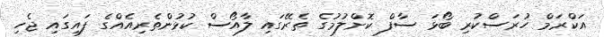
އަކްރަމް ހުރަސްކުރި ބޯޅަ ސާފް ކޮށްލުމުގެ ތެރޭގައި ލާއޯސް ކުޅުންތެރިއެއްގެ ފައިގައި ޖެހި